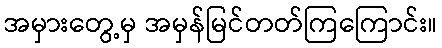
အမှားတွေ့မှ အမှန်မြင်တတ်ကြကြောင်း။